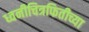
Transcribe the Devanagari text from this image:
ध्वनीचित्रफितीच्या